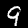
Digit: 9